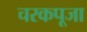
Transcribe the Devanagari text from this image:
चरकपूजा